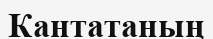
Кантатаның